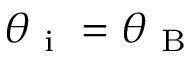
\theta _ { \mathrm { ~ i ~ } } = \theta _ { \mathrm { ~ B ~ } }